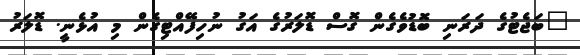
"ބަޖެޓުގެ ދަރަނި ބޮޑުވެގެން ގޮސް ޑޮލަރުގެ އަގު ނުހިފޭއްޓިގެން މި އުޅެނީ. ޑޮލަރު